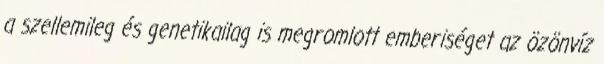
a szellemileg és genetikailag is megromlott emberiséget az özönvíz